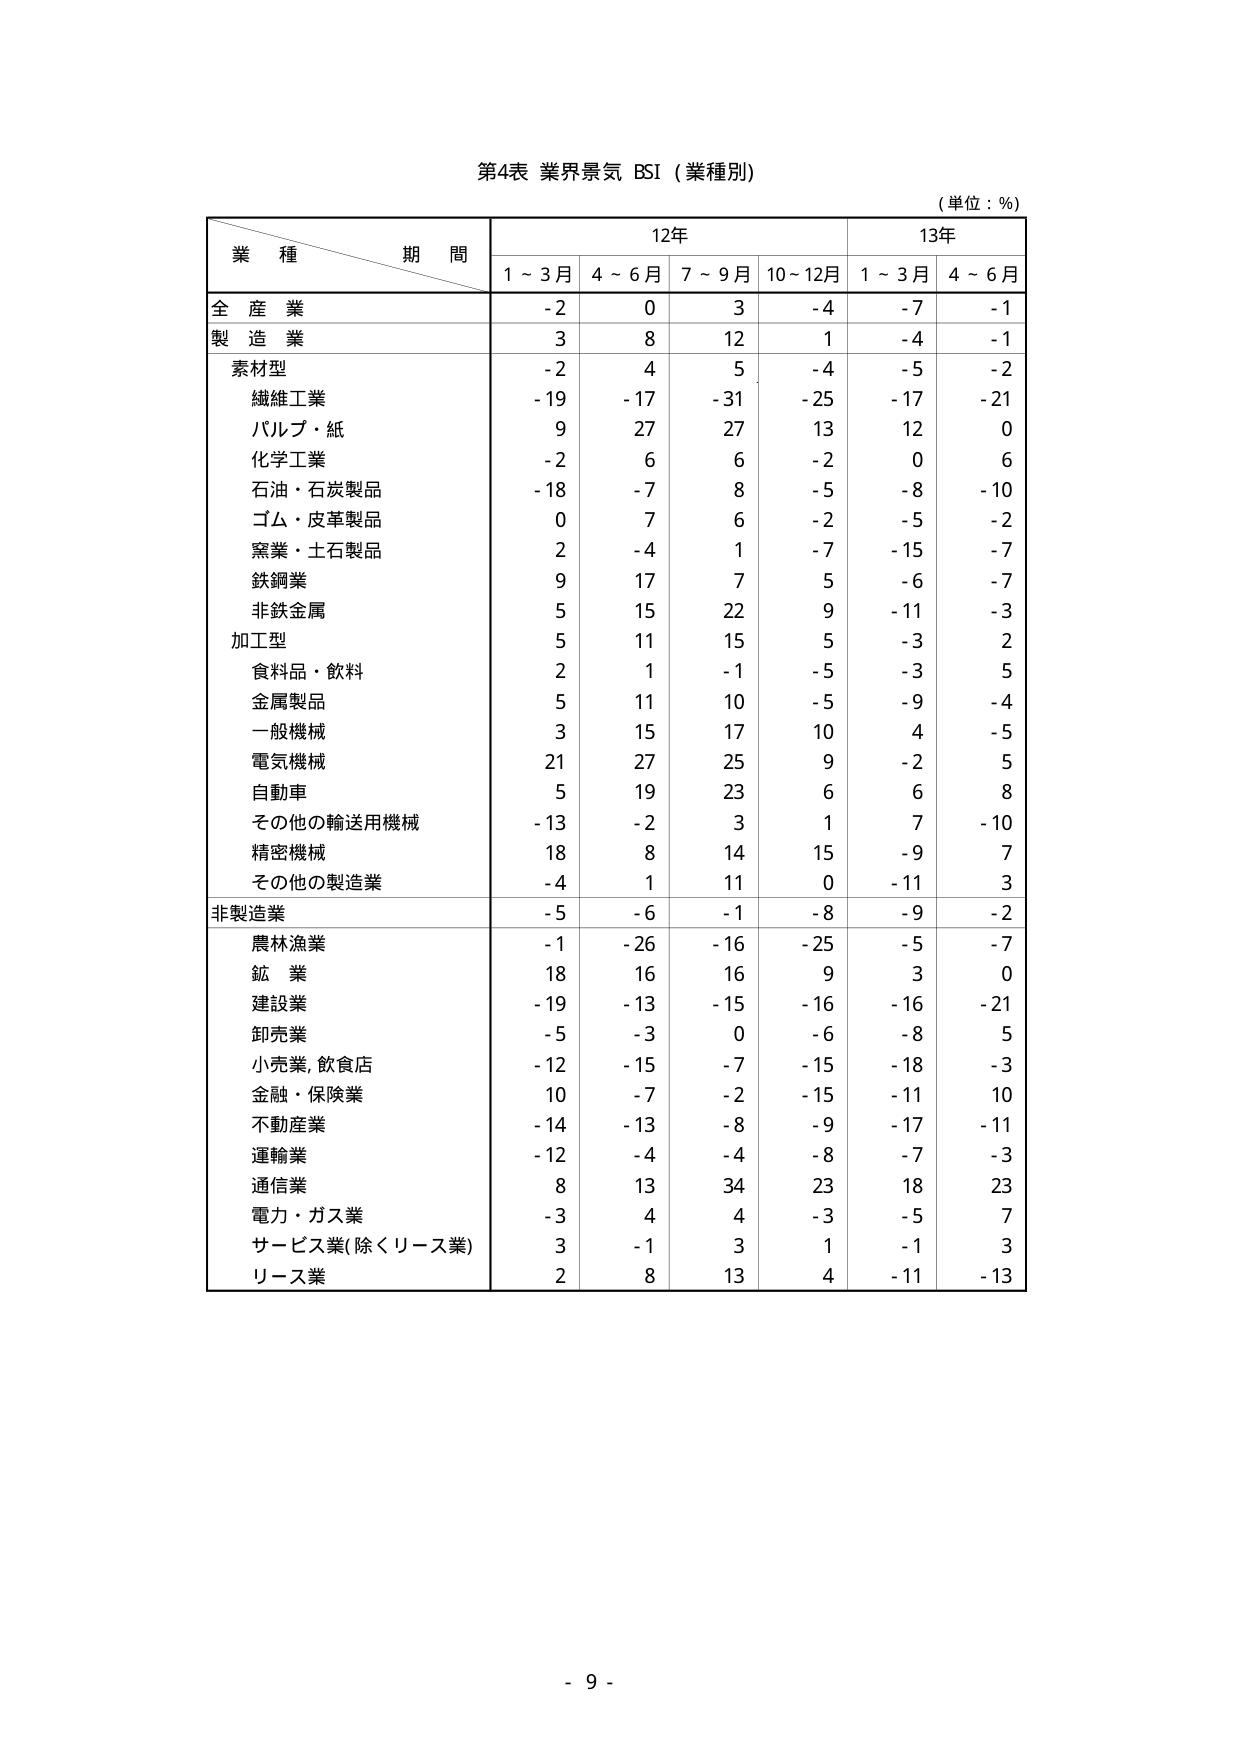
第4表 業界景気 BSI（業種別）
（単位：%）

業種 期間
12年 13年
1～3月 4～6月 7～9月 10～12月 1～3月 4～6月

全産業 -2 0 3 -4 -7 -1
製造業 3 8 12 1 -4 -1

素材型
繊維工業 -19 -17 -31 -25 -17 -21
パルプ・紙 9 27 27 13 12 0
化学工業 -2 6 6 -2 0 6
石油・石炭製品 -18 -7 8 -5 -8 -10
ゴム・皮革製品 0 7 6 -2 -5 -2
窯業・土石製品 2 -4 1 -7 -15 -7
鉄鋼業 9 17 7 5 -6 -7
非鉄金属 5 15 22 9 -11 -3

加工型
食料品・飲料 2 1 -1 -5 -3 5
金属製品 5 11 10 -5 -9 -4
一般機械 3 15 17 10 4 -5
電気機械 21 27 25 9 -2 5
自動車 5 19 23 6 6 8
その他の輸送用機械 -13 -2 3 1 7 -10
精密機械 18 8 14 15 -9 7
その他の製造業 -4 1 11 0 -11 3

非製造業 -5 -6 -1 -8 -9 -2

農林漁業 -1 -26 -16 -25 -5 -7
鉱業 18 16 16 9 3 0
建設業 -19 -13 -15 -16 -16 -21
卸売業 -5 -3 0 -6 -8 5
小売業, 飲食店 -12 -15 -7 -15 -18 -3
金融・保険業 10 -7 -2 -15 -11 10
不動産業 -14 -13 -8 -9 -17 -11
運輸業 -12 -4 -4 -8 -7 -3
通信業 8 13 34 23 18 23
電力・ガス業 -3 4 4 -3 -5 7
サービス業(除くリース業) 3 -1 3 1 -1 3
リース業 2 8 13 4 -11 -13

- 9 -